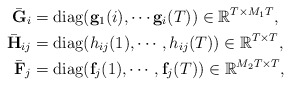
\begin{align*}\bar{\mathbf{G}}_i&=\operatorname{diag}(\mathbf{g}_1(i),\cdots\mathbf{g}_i(T))\in\mathbb{R}^{T\times M_1T},\\ \bar{\mathbf{H}}_{ij}&=\operatorname{diag}(h_{ij}(1),\cdots,h_{ij}(T))\in \mathbb{R}^{T\times T},\\\bar{\mathbf{F}}_j&=\operatorname{diag}(\mathbf{f}_j(1),\cdots,\mathbf{f}_j(T))\in\mathbb{R}^{M_2T\times T},\end{align*}